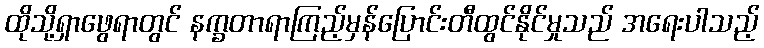
ထိုသို့ရှာဖွေရာတွင် နက္ခတာရာကြည့်မှန်ပြောင်းတီထွင်နိုင်မှုသည် အရေးပါသည့်